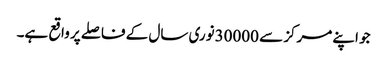
جو اپنے مرکز سے 30000نوری سال کے فاصلے پر واقع ہے۔